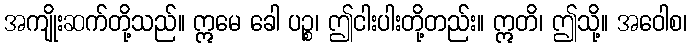
အကျိုးဆက်တို့သည်။ ဣမေ ခေါ ပဉ္စ၊ ဤငါးပါးတို့တည်း။ ဣတိ၊ ဤသို့။ အဝေါစ၊